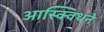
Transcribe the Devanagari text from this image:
आस्क्विथने